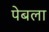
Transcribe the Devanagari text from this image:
पेबला